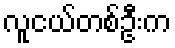
လူငယ်တစ်ဦးက